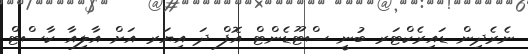
ނެރެދިން ޑައިރެކްޓަރ ބުނީ ސްޓޫޑެންޓް އޮފް ދަ އިޔަރ އަށް އާލިއާ ކާސްޓް